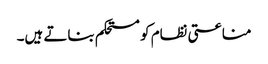
مناعتی نظام کو مستحکم بناتے ہیں۔